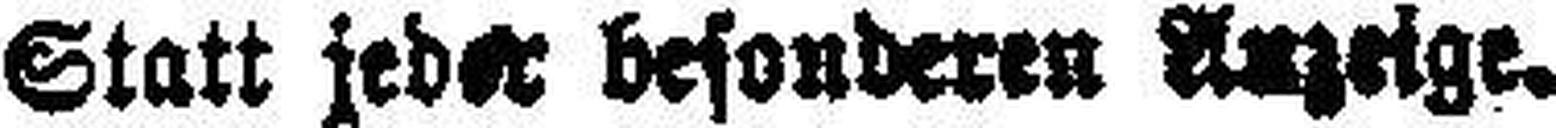
Statt jeder besonderen Anzeige.